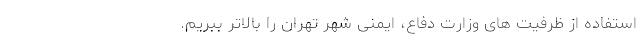
استفاده از ظرفیت های وزارت دفاع، ایمنی شهر تهران را بالاتر ببریم.